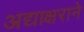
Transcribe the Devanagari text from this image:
अद्याक्षराने